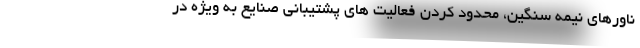
ناورهای نیمه سنگین، محدود کردن فعالیت های پشتیبانی صنایع به ویژه در